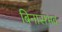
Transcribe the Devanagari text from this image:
बिनासंभव